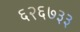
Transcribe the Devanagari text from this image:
६२६७३३